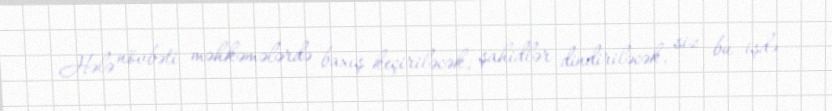
Hələ növbəti məhkəmələrdə baxış keçiriləcək, şahidlər dindiriləcək, siz bu işdə